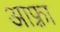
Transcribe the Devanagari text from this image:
आफ़्रा